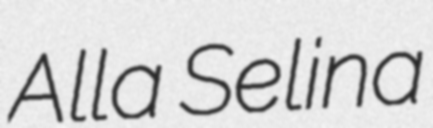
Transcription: Alla Selina